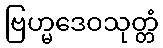
ဗြဟ္မဒေဝသုတ္တံ